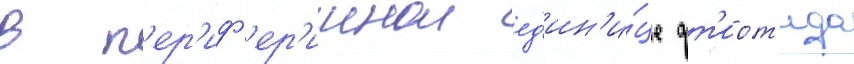
в п'ер'иф'ер'иинои ед'ин'и́це фт'иот'ида